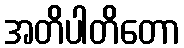
အတိပါတိတော